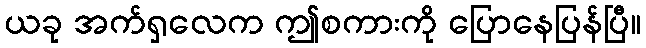
ယခု အက်ရှလေက ဤစကားကို ပြောနေပြန်ပြီ။